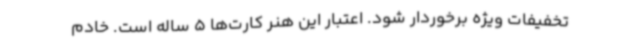
تخفیفات ویژه برخوردار شود. اعتبار این هنر کارت‌ها 5 ساله است. خادم